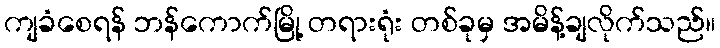
ကျခံစေရန် ဘန်ကောက်မြို့ တရားရုံး တစ်ခုမှ အမိန့်ချလိုက်သည်။